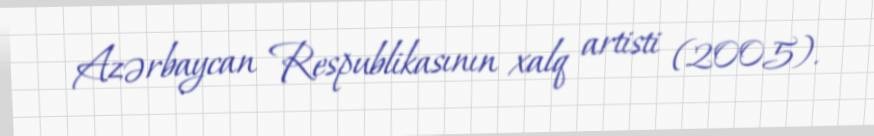
Azərbaycan Respublikasının xalq artisti (2005).